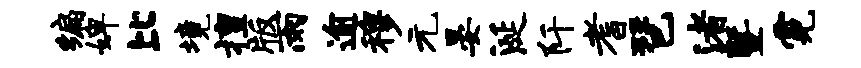
编婢比境擅版雨逾穆元晏涎阡耆琶渚暨霓